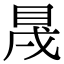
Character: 𥅛